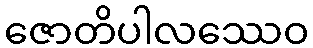
ဇောတိပါလဿေဝ